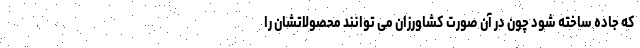
که جاده ساخته شود چون در آن صورت کشاورزان می توانند محصولاتشان را